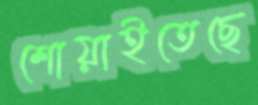
শোয়াইতেছে